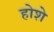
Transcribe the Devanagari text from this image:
होशे